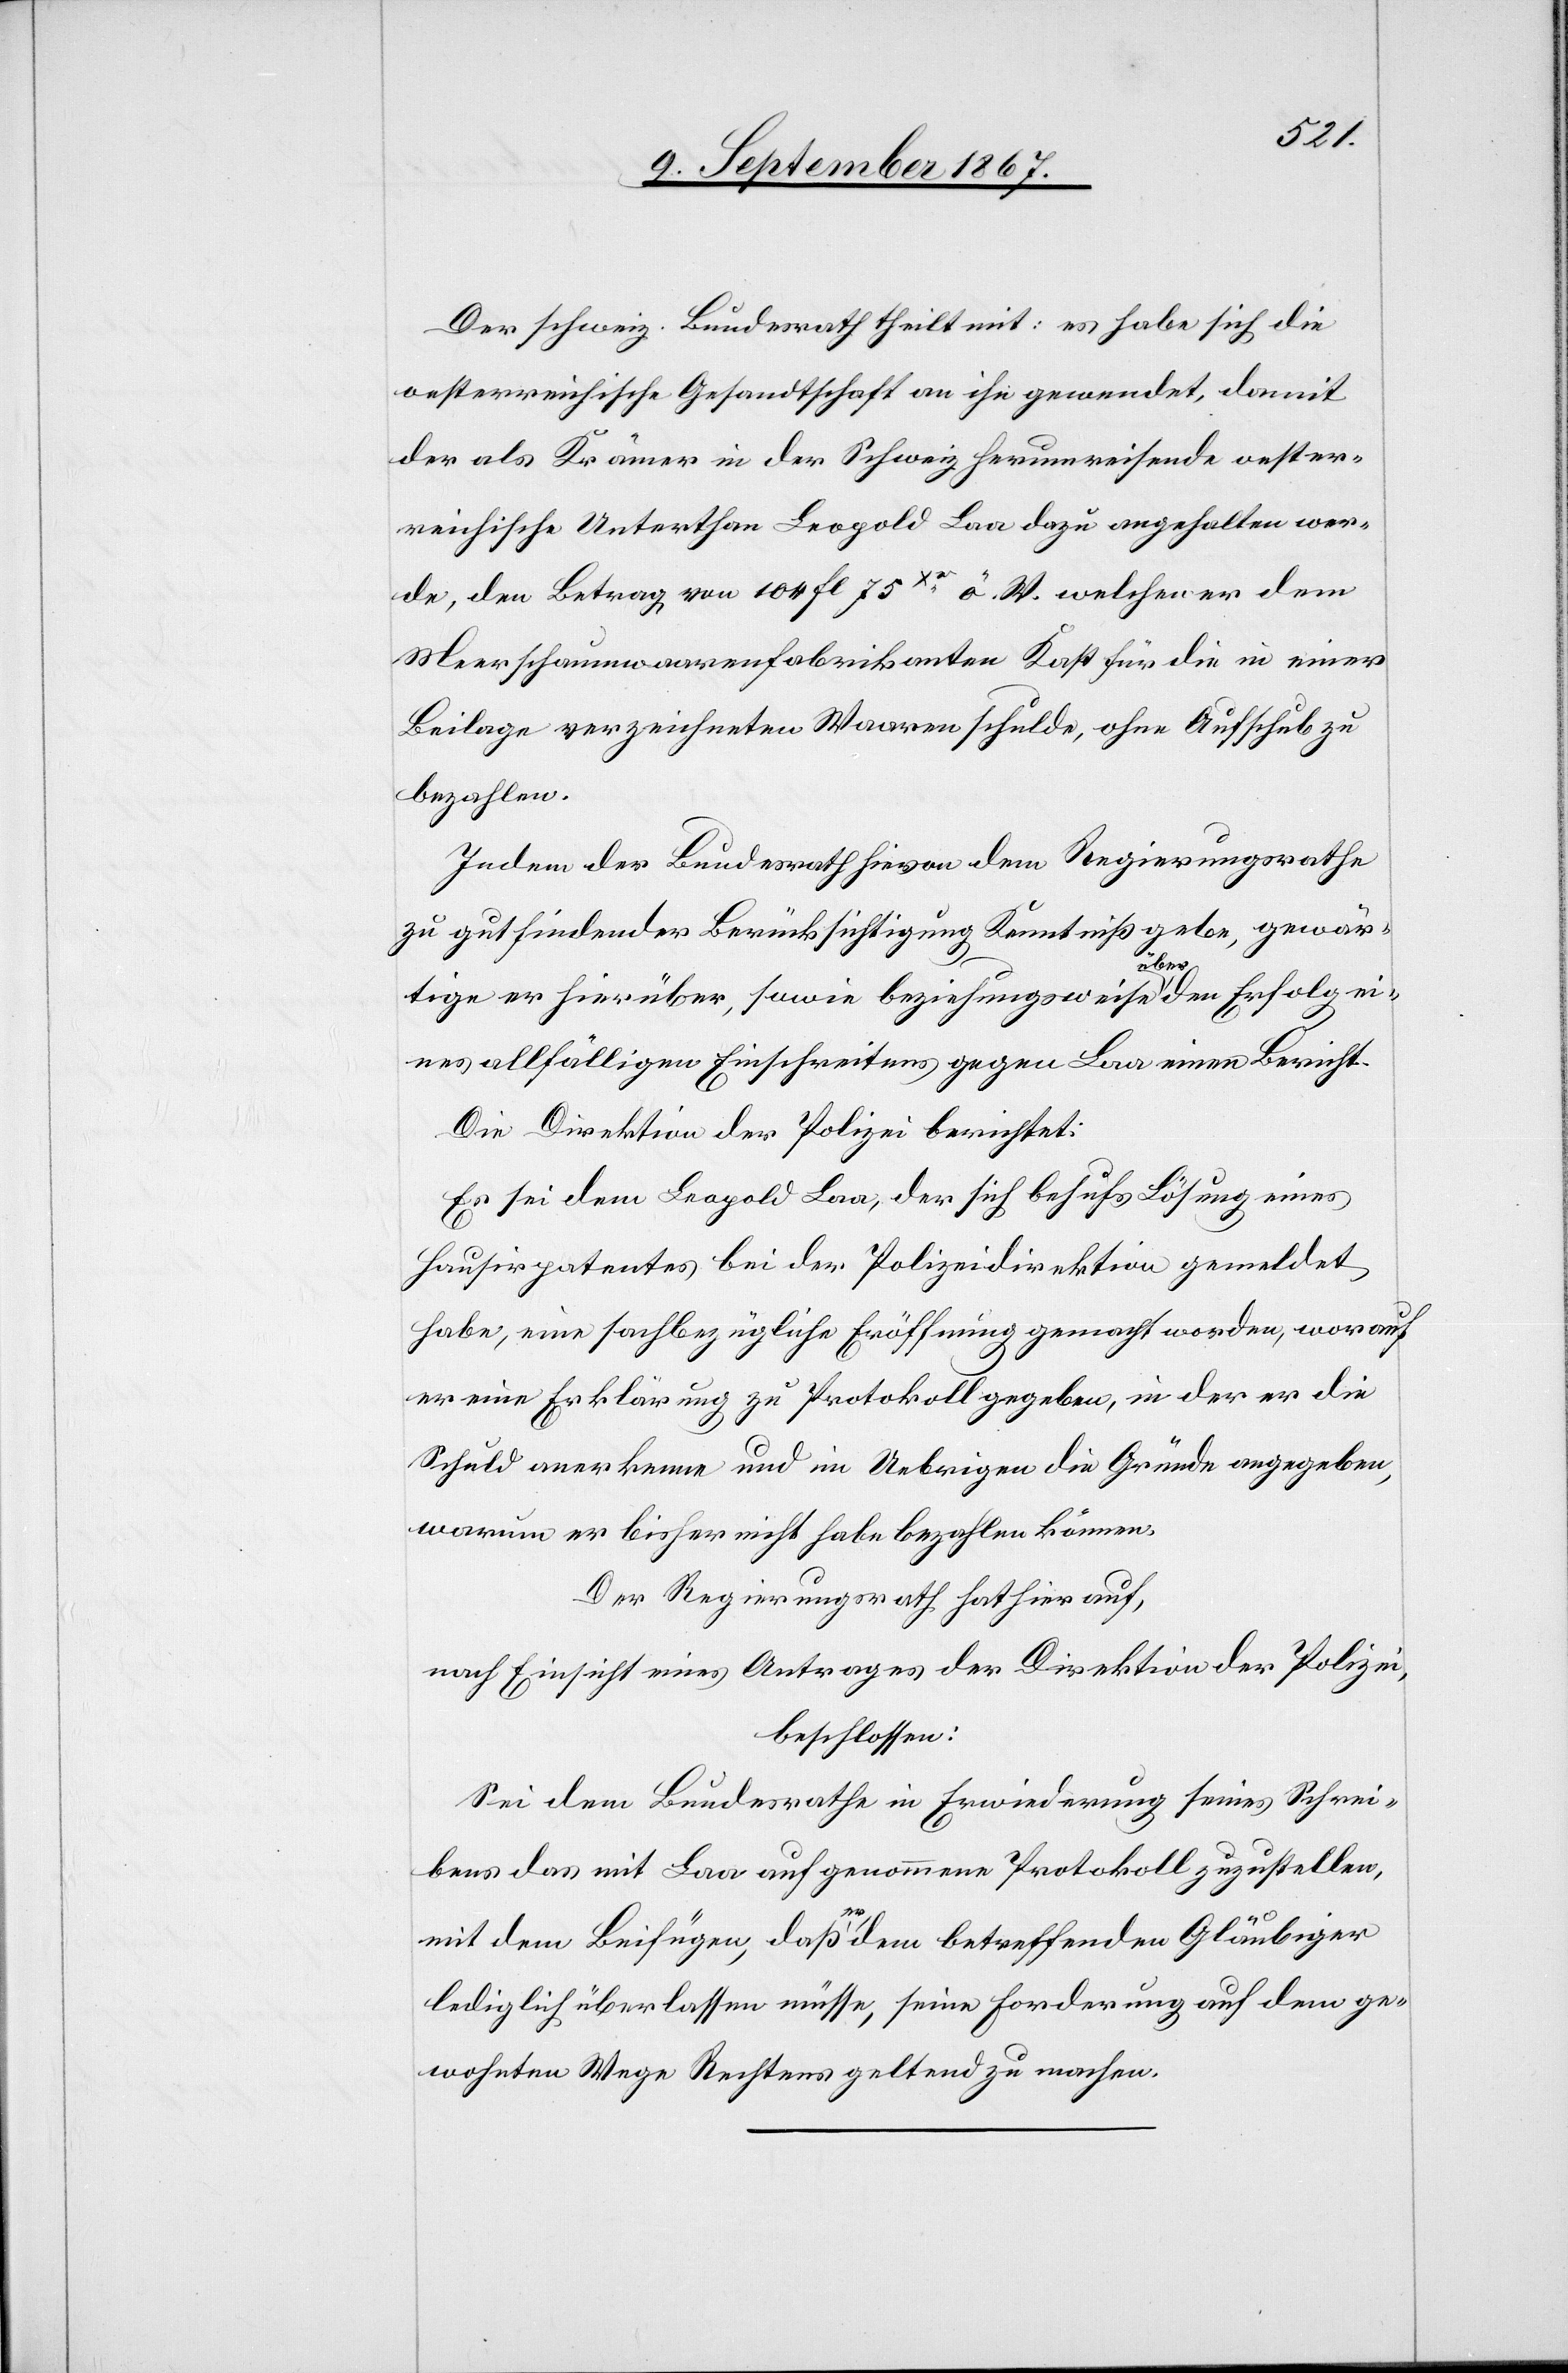
Der schweiz. Bundesrath theilt mit: es habe sich die
oesterreichische Gesandtschaft an ihn gewendet, damit
der als Krämer in der Schweiz herumreisende oester¬
reichische Unterthan Leopold Laa dazu angehalten wer¬
de, den Betrag von 104 fl 75Xr. ö. W. welchen er dem
Meerschaumwaarenfabrikanten Kast für die in einer
Beilage verzeichneten Waaren schulde, ohne Aufschub zu
bezahlen.
Indem der Bundesrath hievon dem Regierungsrathe
zu gutfindender Berücksichtigung Kenntniß gebe, gewär¬
tige er hierüber, sowie beziehungsweise über den Erfolg ei¬
nes allfälligen Einschreitens gegen Laa einen Bericht.
Die Direktion der Polizei berichtet:
Es sei dem Leopol Laa, der sich behufs Lösung eines
Hausirpatentes bei der Polizeidirektion gemeldet
habe, eine sachbezügliche Eröffnung gemacht worden, worauf
er eine Erklärung zu Protokoll gegeben, in der er die
Schuld anerkenne und im Uebrigen die Gründe angegeben,
warum er bisher nicht habe bezahlen können.
Der Regierungsrath hat hierauf,
nach Einsicht eines Antrages der Direktion der Polizei,
beschlossen:
Sei dem Bundesrathe in Erwiederung seines Schrei¬
bens das mit Laa aufgenommene Protokoll zuzustellen,
mit dem Beifügen, daß er dem betreffenden Gläubiger
lediglich überlassen müsse, seine Forderung auf dem ge¬
wohnten Wege Rechtens geltend zu machen.